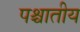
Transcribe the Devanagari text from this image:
पश्चातीय